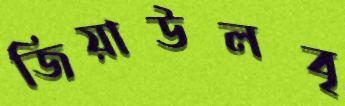
জিয়াউলবৃ